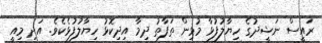
ރައީސް ނަޝީދުގެ ހިޔާލުފުޅާ މުޅިން ތަފާތު ދިމާ އިދިކޮޅު ހިޔާލުފުޅެކެވެ. އަދި މިއީ